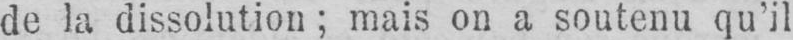
de la dissolution; mais on a soutenu qu’il